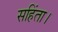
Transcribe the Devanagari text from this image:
सहिंता।